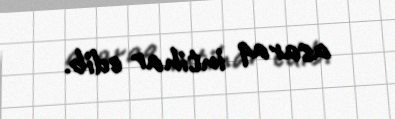
asaraq intihar edib.